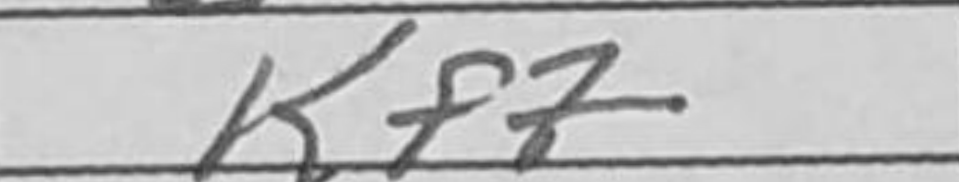
Transcription: Kf7